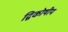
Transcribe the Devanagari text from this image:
द्विकोषीय